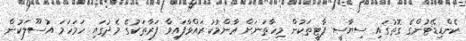
ކެންޑިޑޭޓުންގެ ގޮތުގައި ސިޔާސީ ޕާޓީތަކުން މިހާތަނަށް ޢާންމުކުރައްވާފައިވާ ފަރާތަކުގެ މެދުގައި ހަމަހަމަ އުސޫލަކުން